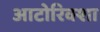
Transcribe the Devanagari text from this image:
आटोरिक्शा